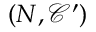
( N , \mathcal { C } ^ { \prime } )